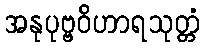
အနုပုဗ္ဗဝိဟာရသုတ္တံ